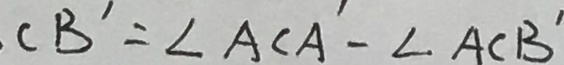
C B ^ { \prime } = \angle A C A ^ { \prime } - \angle A C B ^ { \prime }